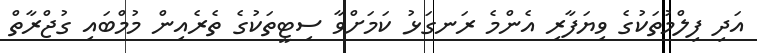
އަދި ފިލްމުތަކުގެ ވިޔަފާރި އެންމެ ރަނގަޅު ކަމަށްވާ ސިޓީތަކުގެ ތެރެއިން މުމްބައި ގުޖްރާތް